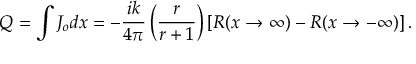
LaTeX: Q _ { } = \int J _ { o } d x = - \frac { i k } { 4 \pi } \left( \frac { r } { r + 1 } \right) \left[ R ( x \rightarrow \infty ) - R ( x \rightarrow - \infty ) \right] .